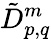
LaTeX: \tilde{D}_{p,q}^{m}